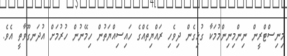
މިނިސްޓްރީން ނިންމިނިންމުމަކާ ގުޅިގެން ދިވެހި ރައްޔިތެއްގެ ހައިސިއްޔަތުން ހިމޭނުން ހުރުމަށް އުދަނގޫވާތީ އެވެ.